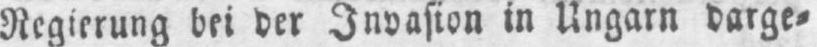
Regierung bei der Invasion in Ungarn darge⸗